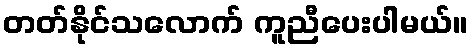
တတ်နိုင်သလောက် ကူညီပေးပါမယ်။